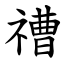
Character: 䄚